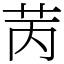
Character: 苪